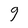
Character: 9